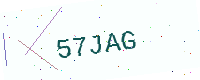
Text: 57JAG